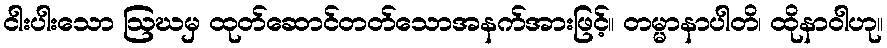
ငါးပါးသော ဩဃမှ ထုတ်ဆောင်တတ်သောအနက်အားဖြင့်။ တမ္မာနာပါတိ၊ ထိုနာဝါဟု။